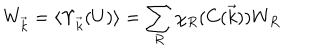
LaTeX: W _ { \vec { k } } = \langle \Upsilon _ { \vec { k } } ( U ) \rangle = \sum _ { R } \chi _ { R } ( C ( \vec { k } ) ) W _ { R }